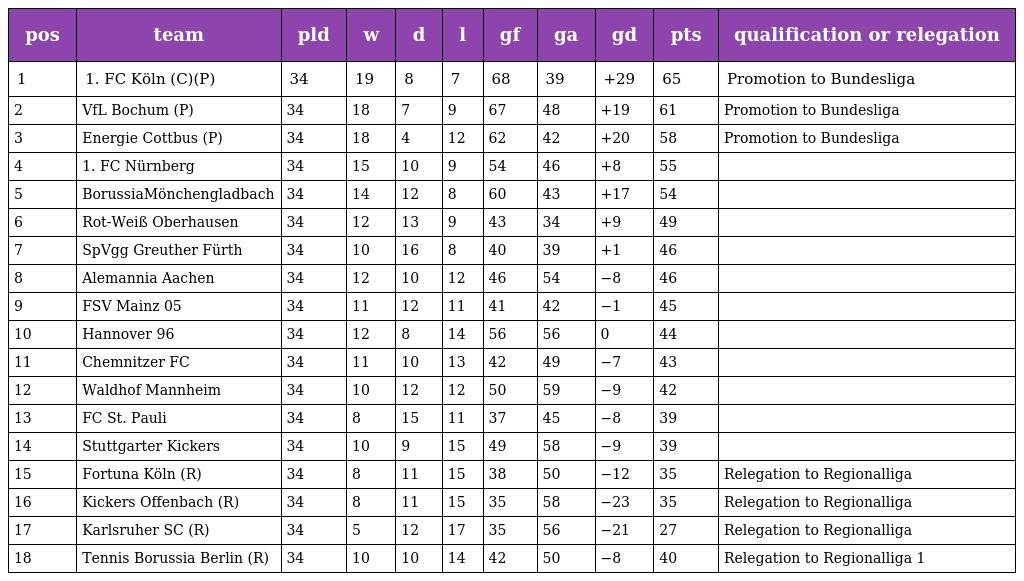
| pos | team | pld | w | d | l | gf | ga | gd | pts | qualification or relegation |
 | --- | --- | --- | --- | --- | --- | --- | --- | --- | --- | --- |
 | 1 | 1. FC Köln (C)(P) | 34 | 19 | 8 | 7 | 68 | 39 | +29 | 65 | Promotion to Bundesliga |
 | 2 | VfL Bochum (P) | 34 | 18 | 7 | 9 | 67 | 48 | +19 | 61 | Promotion to Bundesliga |
 | 3 | Energie Cottbus (P) | 34 | 18 | 4 | 12 | 62 | 42 | +20 | 58 | Promotion to Bundesliga |
 | 4 | 1. FC Nürnberg | 34 | 15 | 10 | 9 | 54 | 46 | +8 | 55 |  |
 | 5 | BorussiaMönchengladbach | 34 | 14 | 12 | 8 | 60 | 43 | +17 | 54 |  |
 | 6 | Rot-Weiß Oberhausen | 34 | 12 | 13 | 9 | 43 | 34 | +9 | 49 |  |
 | 7 | SpVgg Greuther Fürth | 34 | 10 | 16 | 8 | 40 | 39 | +1 | 46 |  |
 | 8 | Alemannia Aachen | 34 | 12 | 10 | 12 | 46 | 54 | −8 | 46 |  |
 | 9 | FSV Mainz 05 | 34 | 11 | 12 | 11 | 41 | 42 | −1 | 45 |  |
 | 10 | Hannover 96 | 34 | 12 | 8 | 14 | 56 | 56 | 0 | 44 |  |
 | 11 | Chemnitzer FC | 34 | 11 | 10 | 13 | 42 | 49 | −7 | 43 |  |
 | 12 | Waldhof Mannheim | 34 | 10 | 12 | 12 | 50 | 59 | −9 | 42 |  |
 | 13 | FC St. Pauli | 34 | 8 | 15 | 11 | 37 | 45 | −8 | 39 |  |
 | 14 | Stuttgarter Kickers | 34 | 10 | 9 | 15 | 49 | 58 | −9 | 39 |  |
 | 15 | Fortuna Köln (R) | 34 | 8 | 11 | 15 | 38 | 50 | −12 | 35 | Relegation to Regionalliga |
 | 16 | Kickers Offenbach (R) | 34 | 8 | 11 | 15 | 35 | 58 | −23 | 35 | Relegation to Regionalliga |
 | 17 | Karlsruher SC (R) | 34 | 5 | 12 | 17 | 35 | 56 | −21 | 27 | Relegation to Regionalliga |
 | 18 | Tennis Borussia Berlin (R) | 34 | 10 | 10 | 14 | 42 | 50 | −8 | 40 | Relegation to Regionalliga 1 |